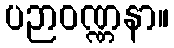
ပဉာဝဏ္ဏနာ။